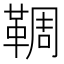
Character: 𩋙